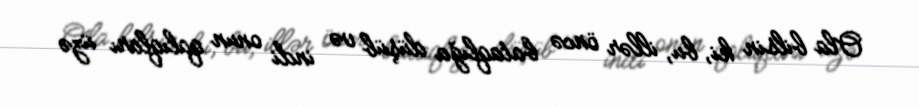
Ola bilsin ki, bu, illər öncə bataqlığa düşüb və indi onun qalıqları üzə